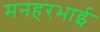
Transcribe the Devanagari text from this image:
मनहरभाई